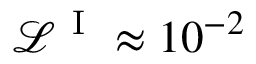
\mathcal { L } ^ { \mathrm { ~ I ~ } } \approx 1 0 ^ { - 2 }